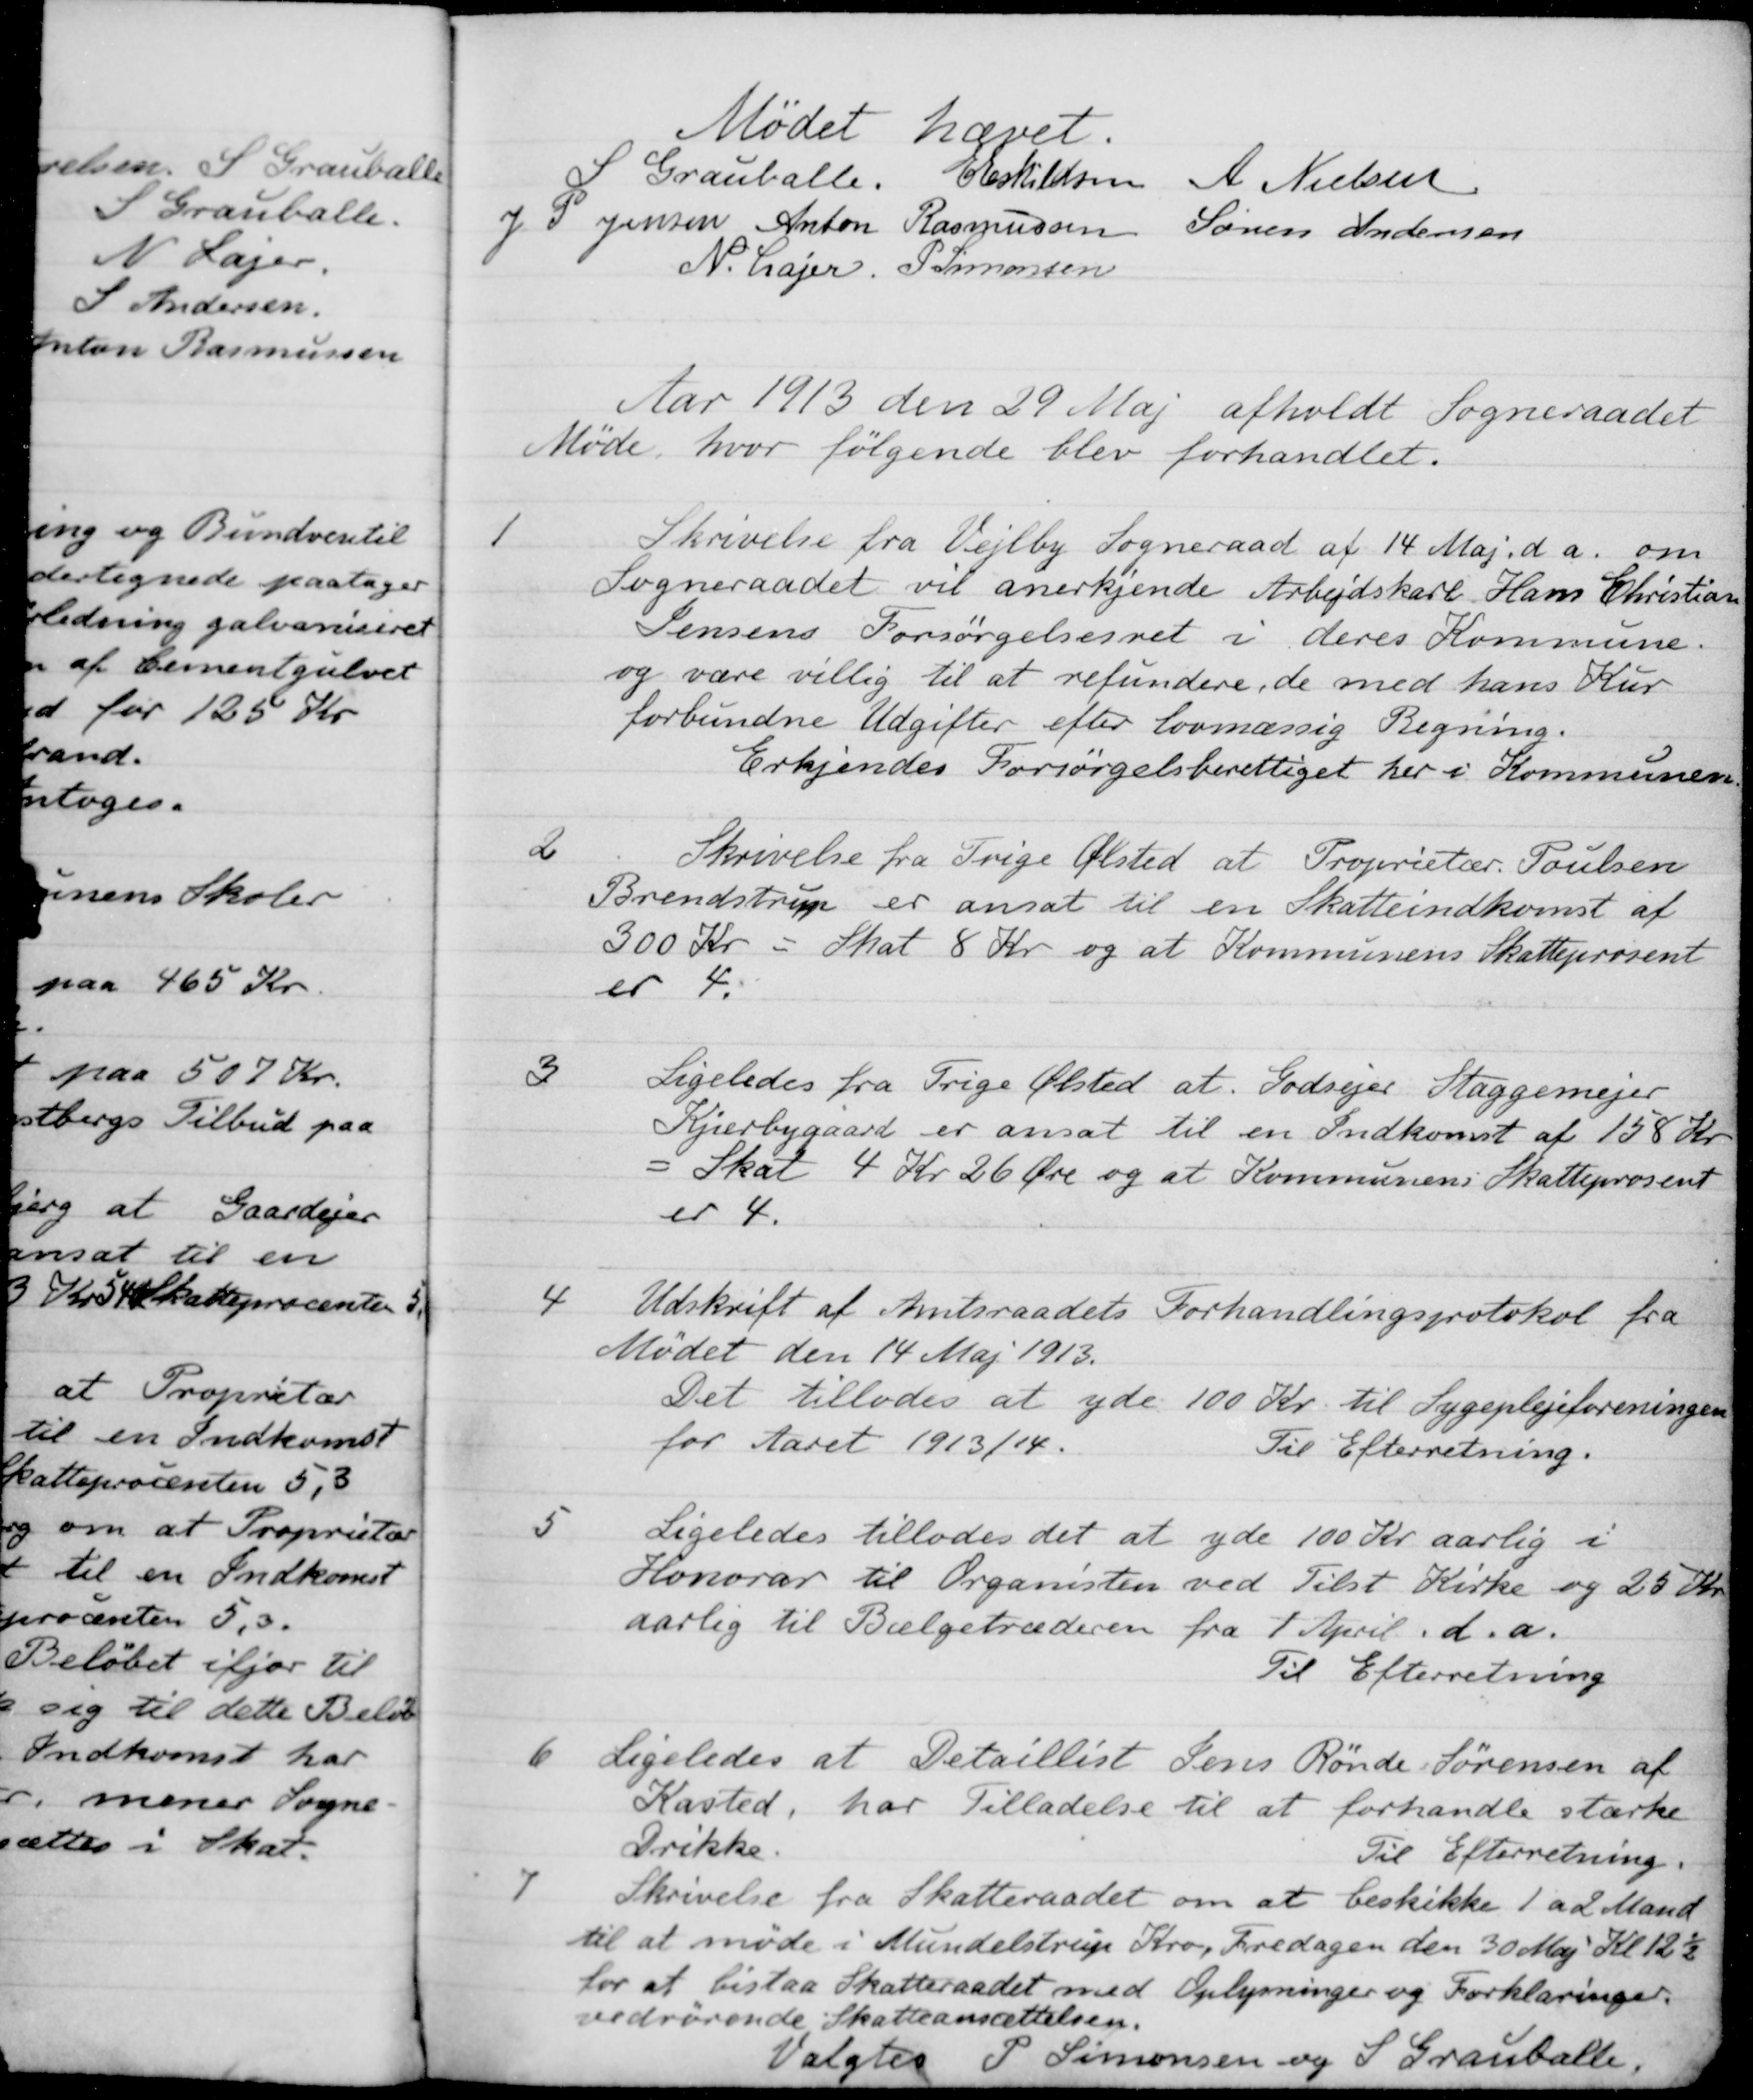
Transskription:
Mødet hævet.
S Grauballe.
E Eskildsen
A Nielsen
J P Jensen
Anton Rasmussen
Søren Andersen
N. Lajer
P. Simonsen
Aar 1913 den 29 Maj afholdt Sogneraadet
Møde, hvor følgende blev forhandlet.
1
Skrivelse fra Vejlby Sogneraad af 14 Maj d.a. om
Sogneraadet vil anerkjende Arbejdskarl Hans Christian
Jensens Forsørgelsesret i deres Kommune.
og være villig til at refundere, de med hans Kur
forbundne Udgifter efter lovmæssig Regning.
Erkjendes Forsørgelsberettiget her i Kommunen
2
Skrivelse fra Trige Ølsted at Proprietær. Poulsen
Brendstrup er ansat til en Skatteindkomst af
300 kr
Skat 8 Kr og at Kommunens Skatteprocent
er 4.
3
Ligeledes fra Trige Ølsted at Godsejer Staggemejer
Kjærbygaard er ansat til en Indkomst af 158 Kr
= Skat 4 Kr. 26 Øre og at Kommunens Skatteprosent
er 4.
4
Udskrift af Amtsraadets Forhandlingsprotokol fra
Mødet den 14 Maj 1913.
Det tillodes at yde 100 Kr. til Sygeplejeforeningen
for Aaret 1913/14.
Til Efterretning.
5
Ligeledes tillodes det at yde 100 Kr. aarlig i 
Honorar til Organisten ved Tilst Kirke og 25 Kr.
aarlig til Bælgetræderen fra 1 April d.a.
Til Efterretning
6
Ligeledes at Detaillist Jens Rønde Sørensen af
Kasted, har Tilladelse til at forhandle stærke
Drikke.
Til Efterretning.
7
Skrivelse fra Skatteraadet om at beskikke 1 a 2 Mand
til at møde i Mundelstrup Kro, Fredagen den 30 Maj Kl. 12½
for at bistaa Skatteraadet med Oplysninger og Forklaringer.
vedrørende Skatteansættelsen.
Valgtes
P Simonsen og S Grauballe